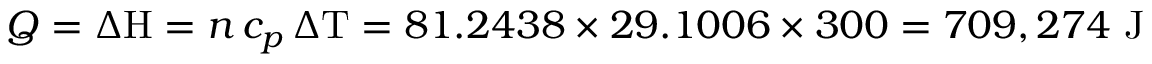
Q = { \Delta \mathrm { H } } = n \, c _ { p } \, \Delta \mathrm { T } = 8 1 . 2 4 3 8 \times 2 9 . 1 0 0 6 \times 3 0 0 = 7 0 9 , 2 7 4 { \mathrm { ~ J } }